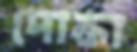
দোক্তা